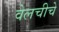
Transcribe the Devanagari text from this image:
वेलचीचे